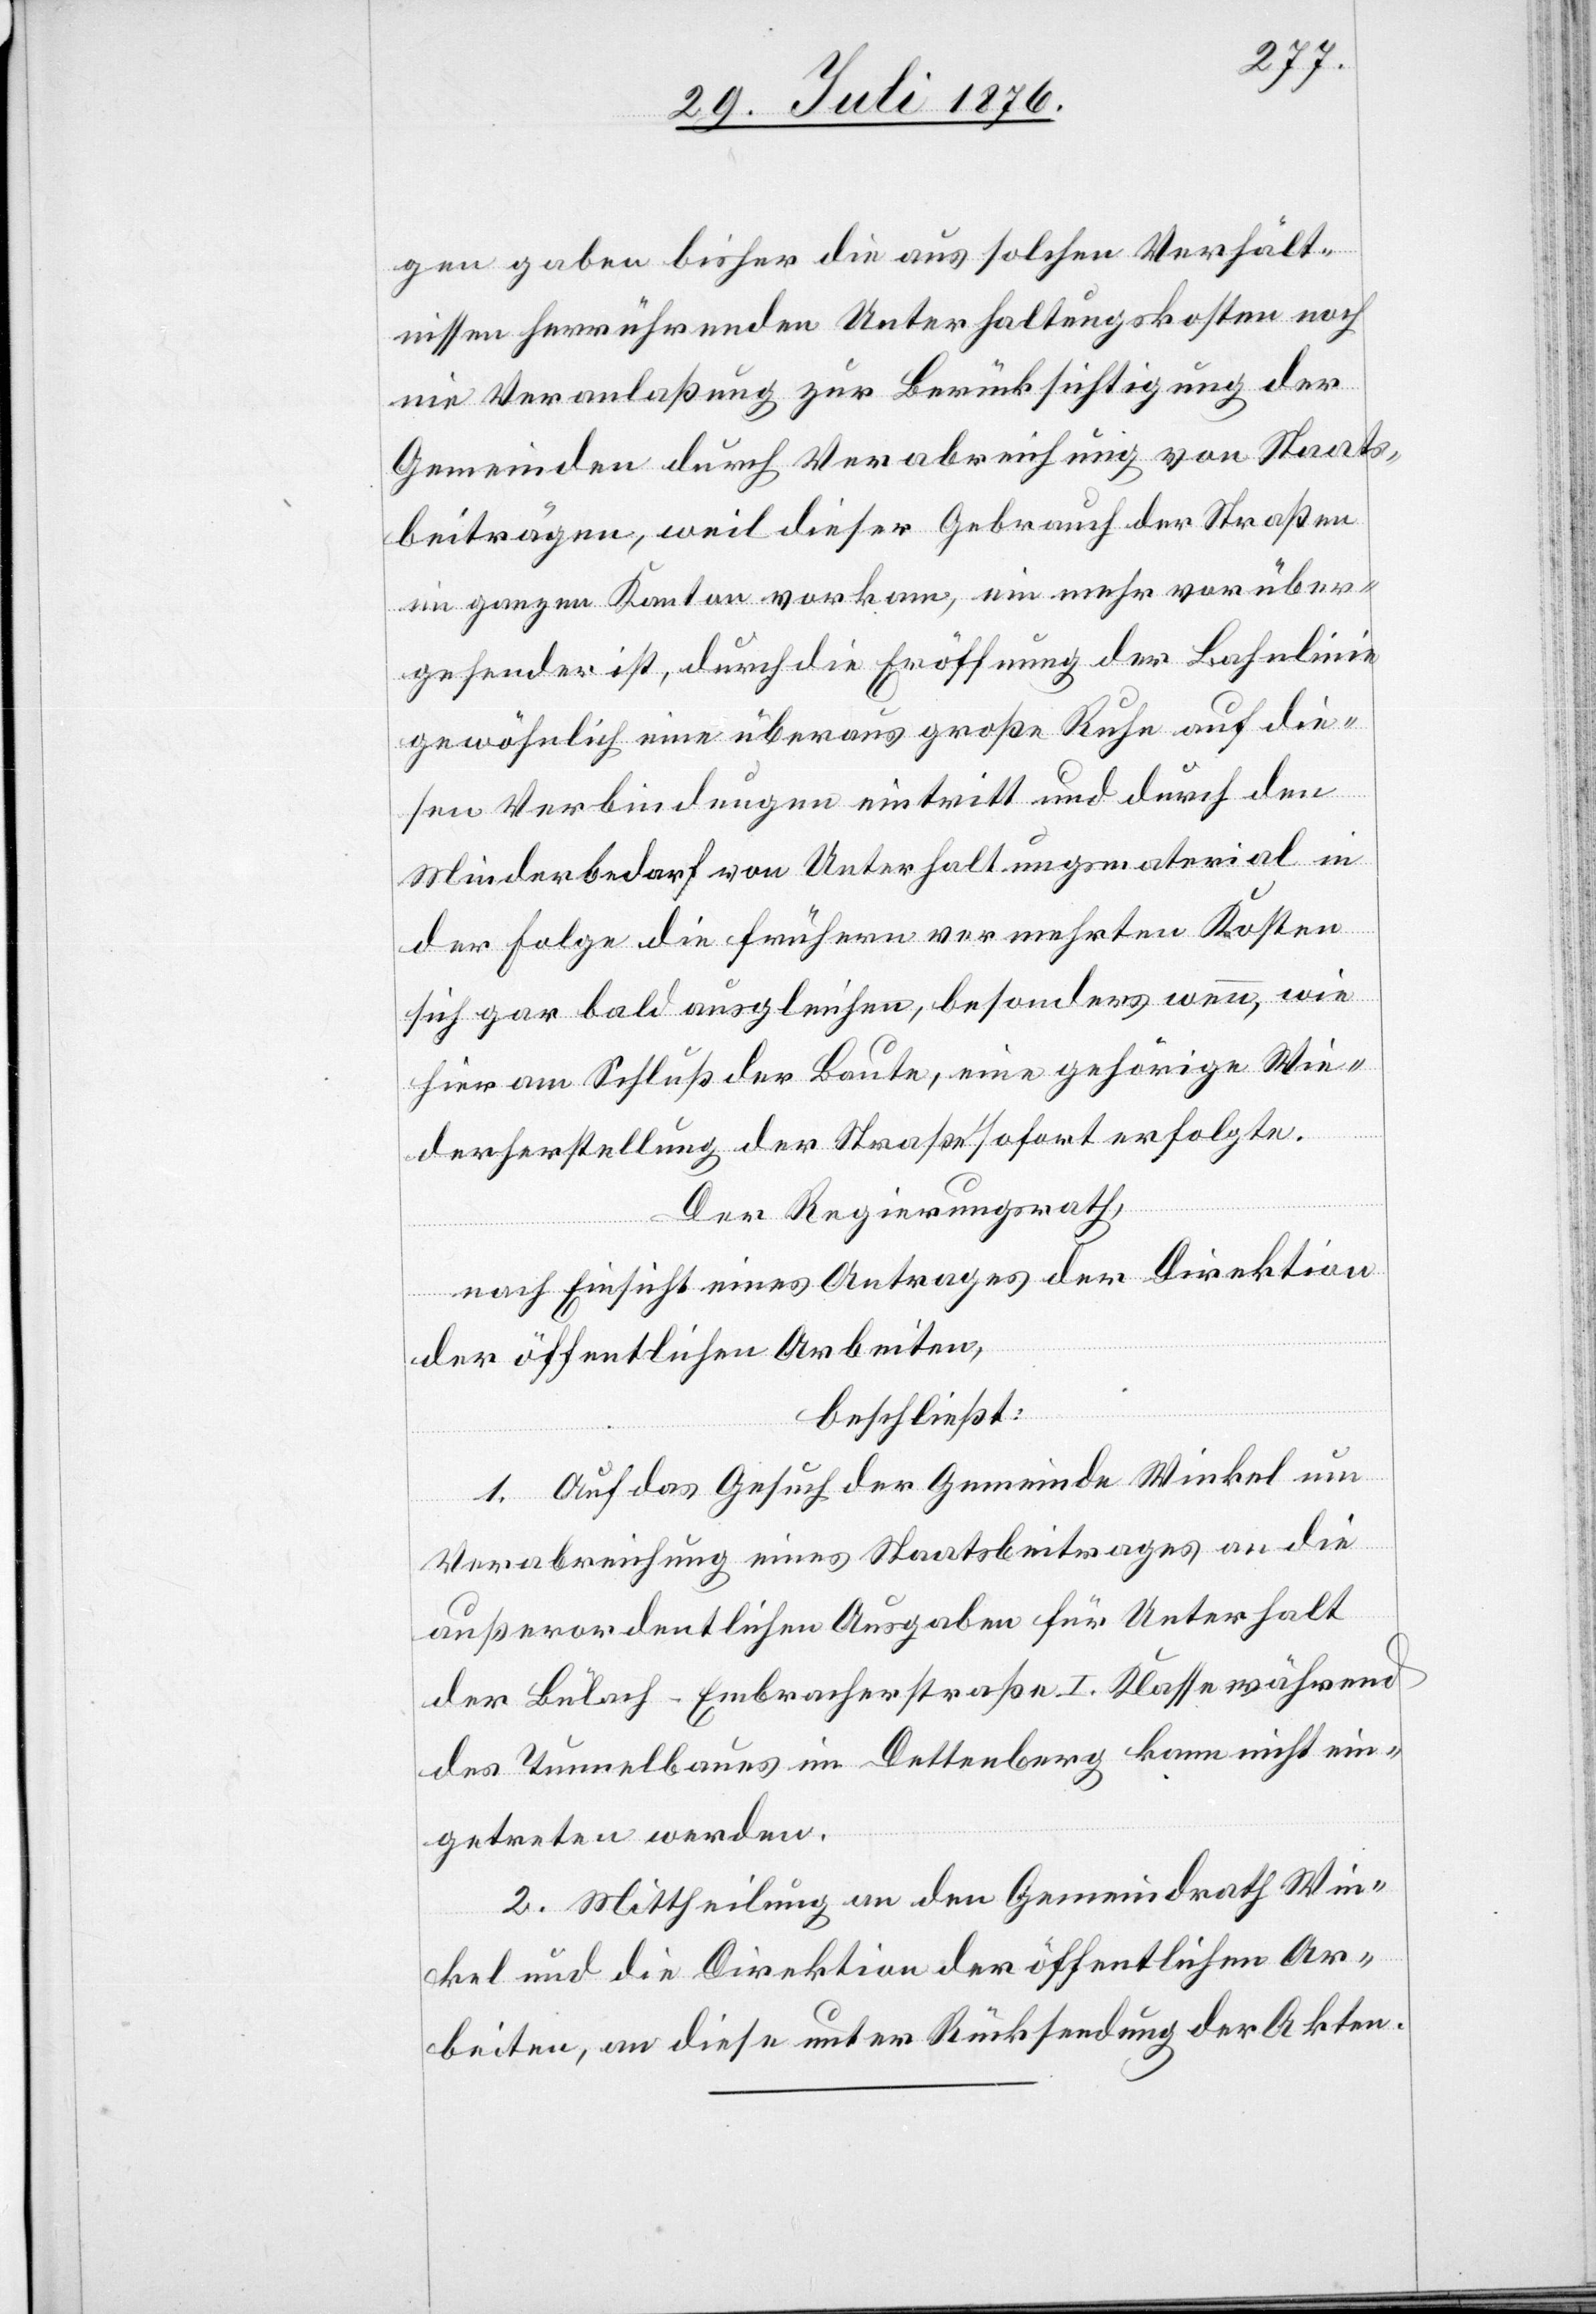
gen gaben bisher die aus solchen Verhält¬
nissen herrührenden Unterhaltungskosten noch
nie Veranlaßung zur Berücksichtigung der
Gemeinden durch Verabreichung von Staats¬
beiträgen, weil dieser Gebrauch der Straßen
im ganzen Kanton vorkam, ein mehr vorüber¬
gehender ist, durch die Eröffnung der Bahnlinie
gewöhnlich eine überaus große Ruhe auf die¬
sen Verbindungen eintritt und durch den
Minderbedarf von Unterhaltungsmaterial in
der Folge die frühern vermehrten Kosten
sich gar bald ausgleichen, besonders wenn, wie
hier am Schluß der Baute, eine gehörige Wie¬
derherstellung der Straßen sofort erfolgte.
Der Regierungsrath,
nach Einsicht eines Antrages der Direktion
der öffentlichen Arbeiten,
beschließt:
1. Auf das Gesuch der Gemeinde Winkel um
Verabreichung eines Staatsbeitrages an die
außerordentlichen Ausgaben für Unterhalt
der Bülach–Embracherstraße I. Klasse während
des Tunnelbaues im Dettenberg kann nicht ein¬
getreten werden.
2. Mittheilung an den Gemeindrath Win¬
kel und die Direktion der öffentlichen Ar¬
beiten, an diese unter Rückstellung der Akten.